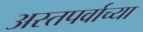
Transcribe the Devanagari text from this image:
अस्तपर्वाच्या